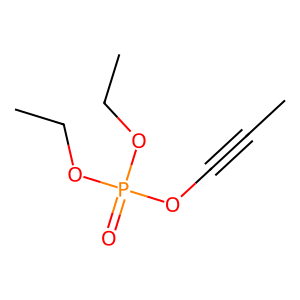
SMILES: CC#COP(=O)(OCC)OCC
Inhibits HIV replication: No